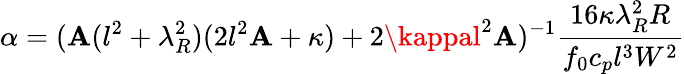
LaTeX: \alpha=(\mathbf{A}(l^{2}+\lambda_{R}^{2})(2l^{2}\mathbf{A}+\kappa)+2\kappal^{2}\mathbf{A})^{-1}\frac{{16\kappa\lambda_{R}^{2}R}}{{f_{0}c_{p}l^{3}W^{2}}}